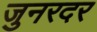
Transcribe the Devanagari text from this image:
जुनरदर